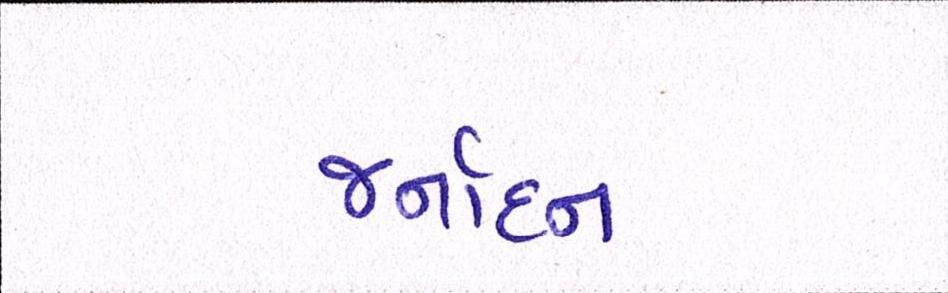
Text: જર્નાદન